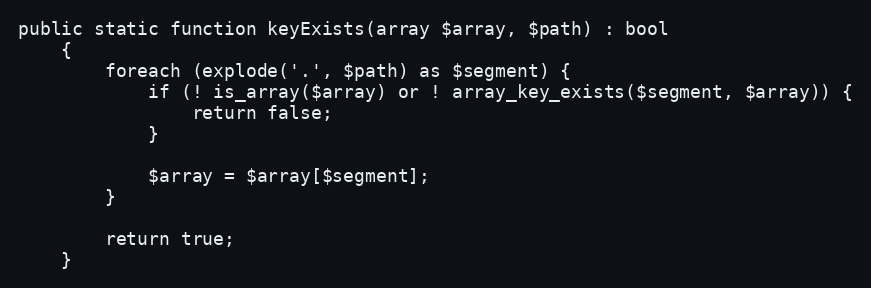
Language: PHP
public static function keyExists(array $array, $path) : bool
    {
        foreach (explode('.', $path) as $segment) {
            if (! is_array($array) or ! array_key_exists($segment, $array)) {
                return false;
            }

            $array = $array[$segment];
        }

        return true;
    }